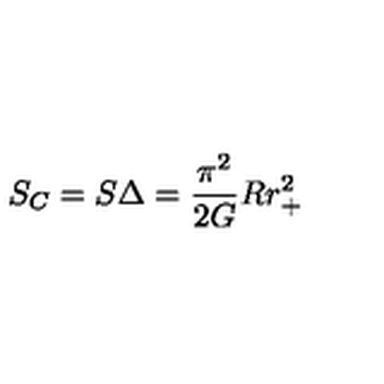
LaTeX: S _ { C } = S \Delta = { \frac { \pi ^ { 2 } } { 2 G } } R r _ { + } ^ { 2 }